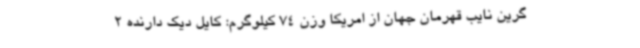
گرین نایب قهرمان جهان از امریکا وزن 74 کیلوگرم: کایل دیک دارنده 2